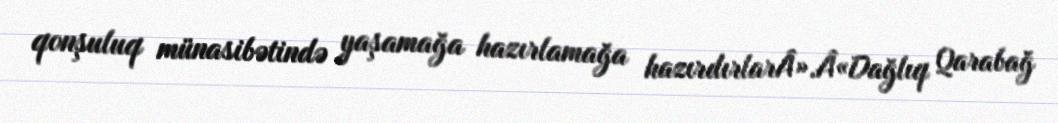
qonşuluq münasibətində yaşamağa hazırlamağa hazırdırlarÂ».Â«Dağlıq Qarabağ